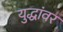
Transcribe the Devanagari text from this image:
युद्धांवर